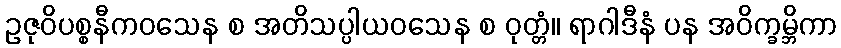
ဥဇုဝိပစ္စနီကဝသေန စ အတိသပ္ပါယဝသေန စ ဝုတ္တံ။ ရာဂါဒီနံ ပန အဝိက္ခမ္ဘိကာ